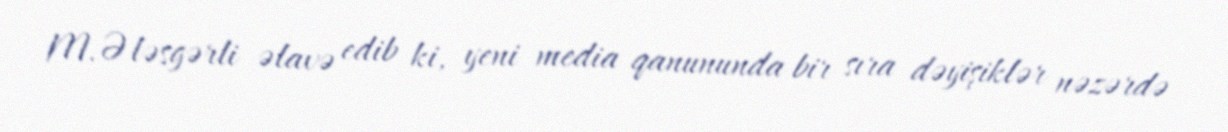
M.Ələsgərli əlavə edib ki, yeni media qanununda bir sıra dəyişiklər nəzərdə